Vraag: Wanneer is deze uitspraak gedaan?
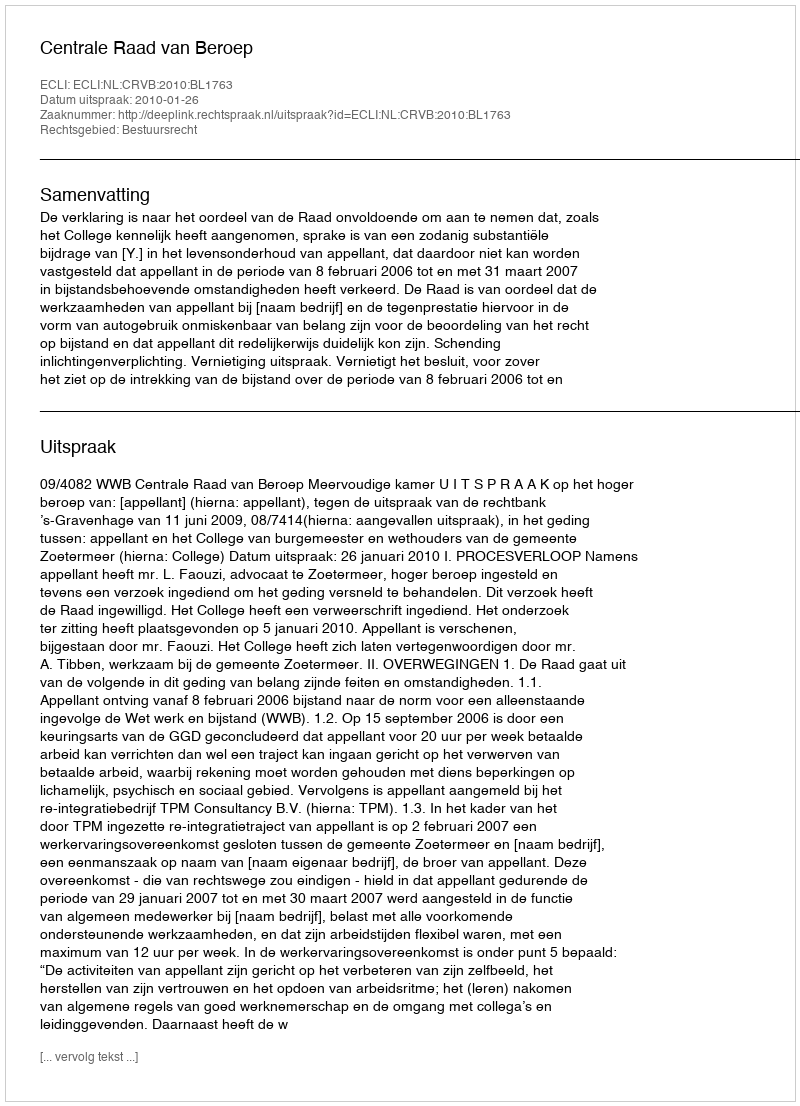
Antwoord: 2010-01-26